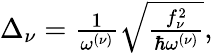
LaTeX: \begin{array}{r}{\Delta_{\nu}=\frac 1{\omega^{(\nu)}}\sqrt{\frac{f_{\nu}^{2}}{\hbar\omega^{(\nu)}}},}\end{array}